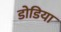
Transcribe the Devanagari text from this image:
डोडिया